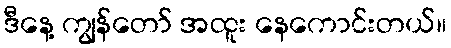
ဒီနေ့ ကျွန်တော် အထူး နေကောင်းတယ်။